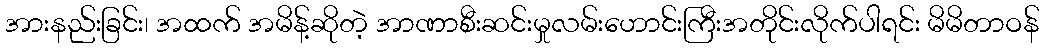
အားနည်းခြင်း၊ အထက် အမိန့်ဆိုတဲ့ အာဏာစီးဆင်းမှုလမ်းဟောင်းကြီးအတိုင်းလိုက်ပါရင်း မိမိတာဝန်